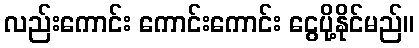
လည်းကောင်း ကောင်းကောင်း ငွေပို့နိုင်မည်။